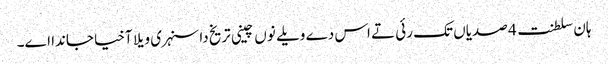
ہان سلطنت 4 صدیاں تک رئی تے اس دے ویلے نوں چینی تریخ دا سنہری ویلا آخیا جاندا اے۔